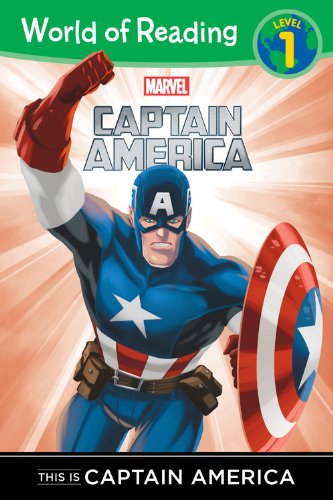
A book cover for World of Reading This is Captain America: Level 1; Disney Book Group; Comics & Graphic Novels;